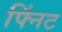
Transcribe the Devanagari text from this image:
फ्निंट